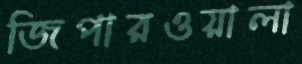
জিপারওয়ালা